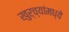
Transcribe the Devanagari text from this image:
खुर्च्यांमध्ये